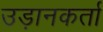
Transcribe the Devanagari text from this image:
उड़ानकर्ता